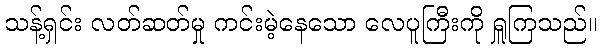
သန့်ရှင်း လတ်ဆတ်မှု ကင်းမဲ့နေသော လေပူကြီးကို ရှူကြသည်။